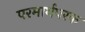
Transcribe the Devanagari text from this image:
परमार्थपरक